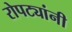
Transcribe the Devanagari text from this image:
रोपट्यांनी